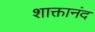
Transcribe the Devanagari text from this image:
शाक्तानंद